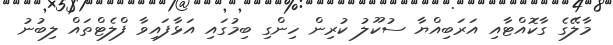
މާލޭގެ ގާކޮއްޓާއި އަރަބިއްޔާ ސުކޫލު ކުރިން ހިންގި ބިމުގައި އަޅާފައިވާ ފްލެޓްތައް ލިބުނު